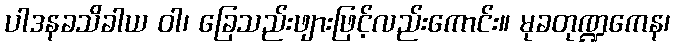
ပါဒနခသိခါယ ဝါ၊ ခြေသည်းဖျားဖြင့်လည်းကောင်း။ မုခတုဏ္ဍကေန၊